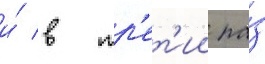
и́ в тр'ет'ии ра́з